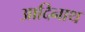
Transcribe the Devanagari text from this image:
आदिनाथ्‍ा